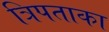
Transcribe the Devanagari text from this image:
त्रिपताका